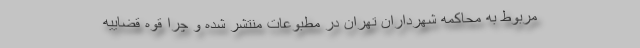
مربوط به محاکمه شهرداران تهران در مطبوعات منتشر شده و چرا قوه قضاییه